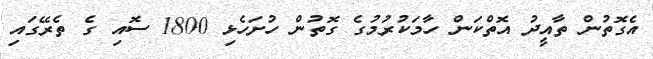
އެގޮތުން ތާއީދު އޮތްކަން ހާމަކުރުމުގެ ގޮތުން ހުށަހެޅި 1800 ސޮއި ގެ ތެރޭގައި